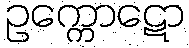
ဥက္ကောဋော